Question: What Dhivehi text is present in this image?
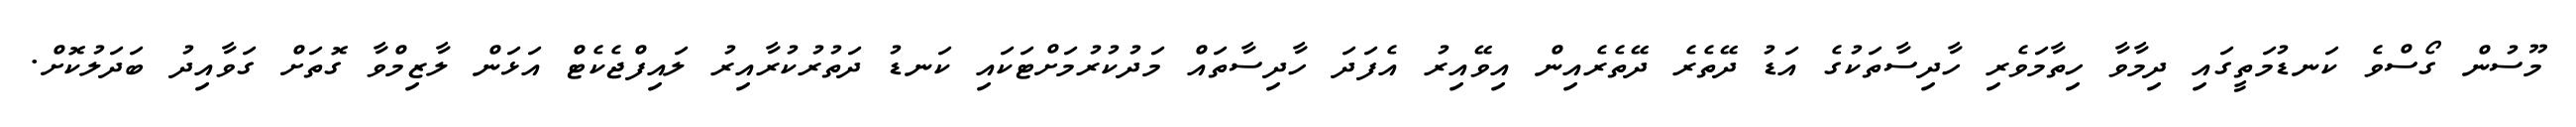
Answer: މޫސުން ގޯސްވެ ކަނޑުމަތީގައި ދިމާވާ ހިތާމަވެރި ހާދިސާތަކުގެ އަޑު ދޭތެރެ ދޭތެރެއިން އިވޭއިރު އެފަދަ ހާދިސާތައް މަދުކުރުމަށްޓަކައި ކަނޑު ދަތުރުކުރާއިރު ލައިފްޖެކެޓް އަޅަން ލާޒިމްވާ ގޮތަށް ގަވާއިދު ބަދަލުކޮށް.